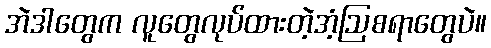
အဲဒါတွေက လူတွေလုပ်ထားတဲ့အံ့ဩစရာတွေပဲ။